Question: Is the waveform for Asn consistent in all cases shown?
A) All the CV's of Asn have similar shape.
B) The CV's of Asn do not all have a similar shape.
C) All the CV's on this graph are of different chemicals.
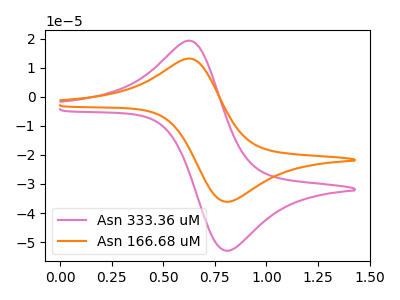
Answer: <think>The pink curve "Asn 333.36 uM" has an anodic peak at (0.65V, 19.25uA) and a cathodic peak at (0.80V, -53.00uA). The orange curve "Asn 166.68 uM" has an anodic peak at (0.65V, 13.15uA) and a cathodic peak at (0.80V, -36.15uA).
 All the peaks in "Asn 333.36 uM" have a peak in "Asn 166.68 uM" at the same potential. Every peak in "Asn 333.36 uM" is higher than every peak in "Asn 166.68 uM".</think>
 <answer>A) All the CV's of "Asn" have similar shape.</answer>
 <eval>A</eval>